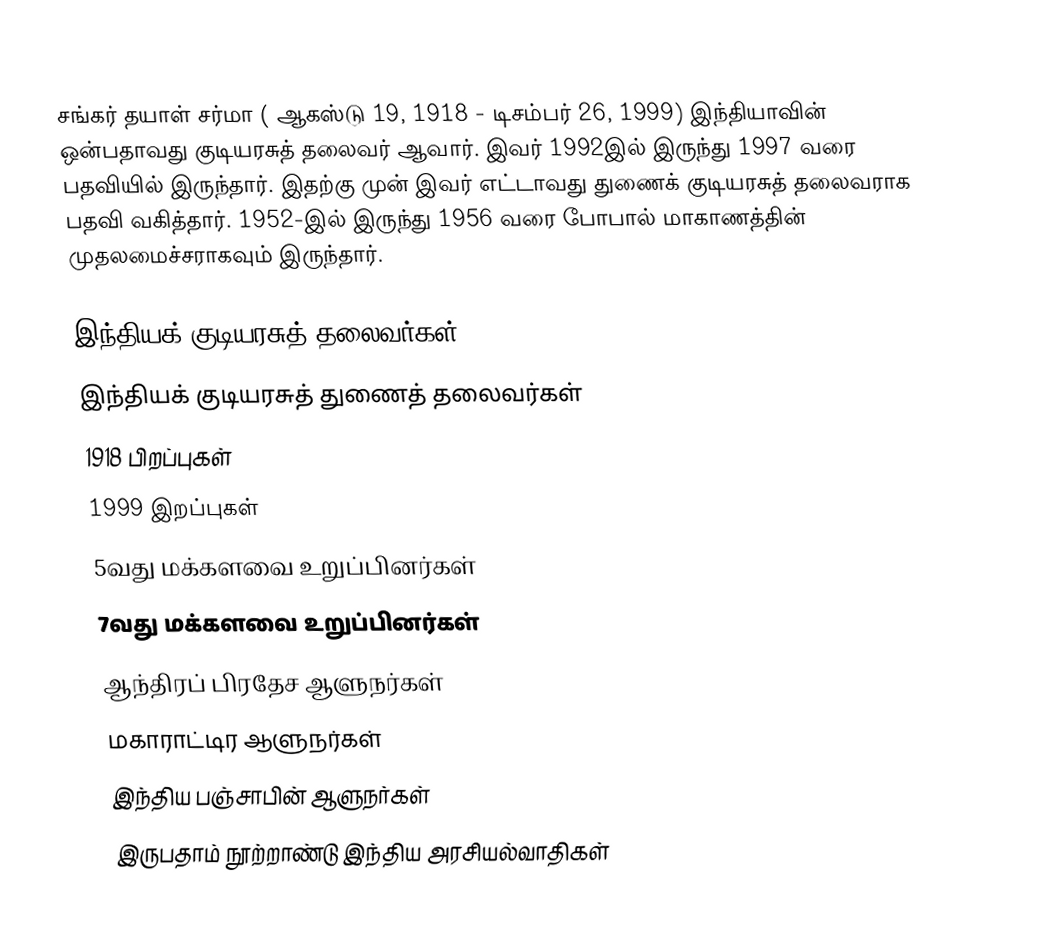
சங்கர் தயாள் சர்மா ( ஆகஸ்டு 19, 1918 - டிசம்பர் 26, 1999) இந்தியாவின் ஒன்பதாவது குடியரசுத் தலைவர் ஆவார். இவர் 1992இல் இருந்து 1997 வரை பதவியில் இருந்தார். இதற்கு முன் இவர் எட்டாவது துணைக் குடியரசுத் தலைவராக பதவி வகித்தார். 1952-இல் இருந்து 1956 வரை போபால் மாகாணத்தின் முதலமைச்சராகவும் இருந்தார்.

இந்தியக் குடியரசுத் தலைவர்கள்
இந்தியக் குடியரசுத் துணைத் தலைவர்கள்
1918 பிறப்புகள்
1999 இறப்புகள்
5வது மக்களவை உறுப்பினர்கள்
7வது மக்களவை உறுப்பினர்கள்
ஆந்திரப் பிரதேச ஆளுநர்கள்
மகாராட்டிர ஆளுநர்கள்
இந்திய பஞ்சாபின் ஆளுநர்கள்
இருபதாம் நூற்றாண்டு இந்திய அரசியல்வாதிகள்